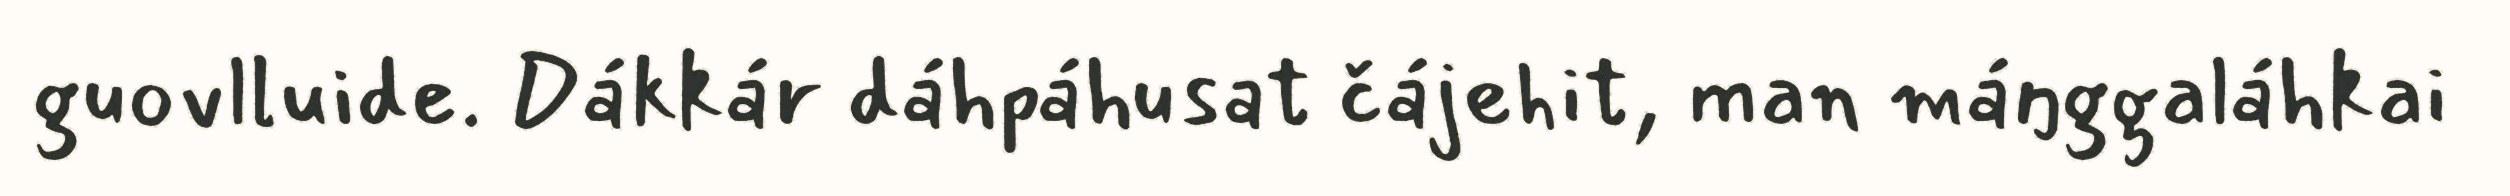
guovlluide. Dákkár dáhpáhusat čájehit, man máŋggaláhkai